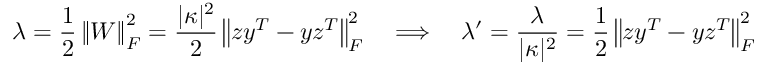
\lambda = \frac { 1 } { 2 } \left\| \boldsymbol { W } \right\| _ { F } ^ { 2 } = \frac { | \kappa | ^ { 2 } } { 2 } \left\| \boldsymbol { z } \boldsymbol { y } ^ { T } - \boldsymbol { y } \boldsymbol { z } ^ { T } \right\| _ { F } ^ { 2 } \quad \Longrightarrow \quad \lambda ^ { \prime } = \frac { \lambda } { | \kappa | ^ { 2 } } = \frac { 1 } { 2 } \left\| \boldsymbol { z } \boldsymbol { y } ^ { T } - \boldsymbol { y } \boldsymbol { z } ^ { T } \right\| _ { F } ^ { 2 }